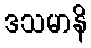
ဒသမာနိ